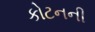
કોટનની